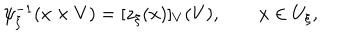
\psi _ { \xi } ^ { - 1 } ( x \times V ) = [ z _ { \xi } ( x ) ] _ { V } ( V ) , \qquad x \in U _ { \xi } ,